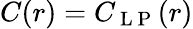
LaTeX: C(r)=C_{\mathrm{~L~P~}}(r)